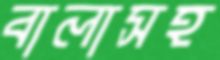
বালাসহ